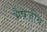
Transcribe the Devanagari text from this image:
भैषजीय